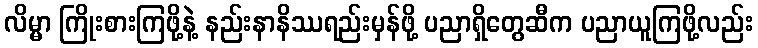
လိမ္မာ ကြိုးစားကြဖို့နဲ့ နည်းနာနိဿရည်းမှန်ဖို့ ပညာရှိတွေဆီက ပညာယူကြဖို့လည်း